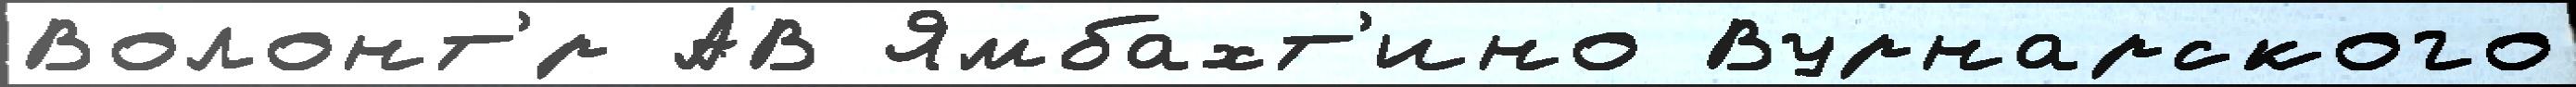
Волонт'́р АВ Ямбахт'ино Вурнарского